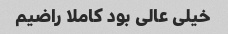
خیلی عالی بود کاملا راضیم